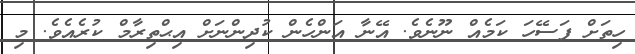
ހިތަށް ފަސޭހަ ކަމެއް ނޫނެވެ. އޭނާ އަންހެން ކުދިންނަށް އިޙްތިރާމް ކުރެއެވެ. މި